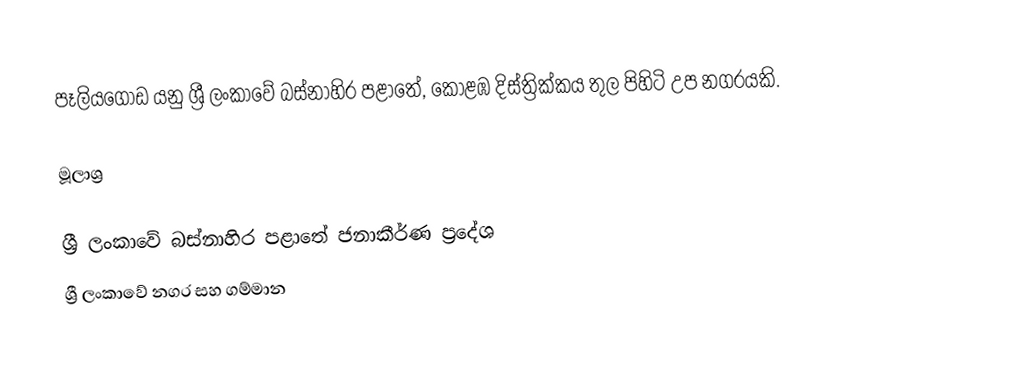
පෑලියගොඩ යනු ශ්‍රී ලංකාවේ බස්නාහිර පළාතේ, කොළඹ දිස්ත්‍රික්කය තුල පිහිටි උප නගරයකි.

මූලාශ්‍ර

ශ්‍රී ලංකාවේ බස්නාහිර පළාතේ ජනාකීර්ණ ප්‍රදේශ
ශ්‍රී ලංකාවේ නගර සහ ගම්මාන